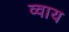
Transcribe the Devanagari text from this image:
व्वाय